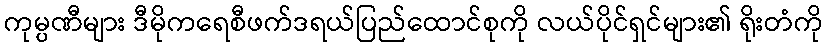
ကုမ္ပဏီများ ဒီမိုကရေစီဖက်ဒရယ်ပြည်ထောင်စုကို လယ်ပိုင်ရှင်များ၏ ရိုးတံကို